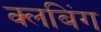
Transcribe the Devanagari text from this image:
क्लबिंग